Annual report on the Civil Veterinary Department, Burma (including the Insein Veterinary School) - 1923-1931
Year: 1923
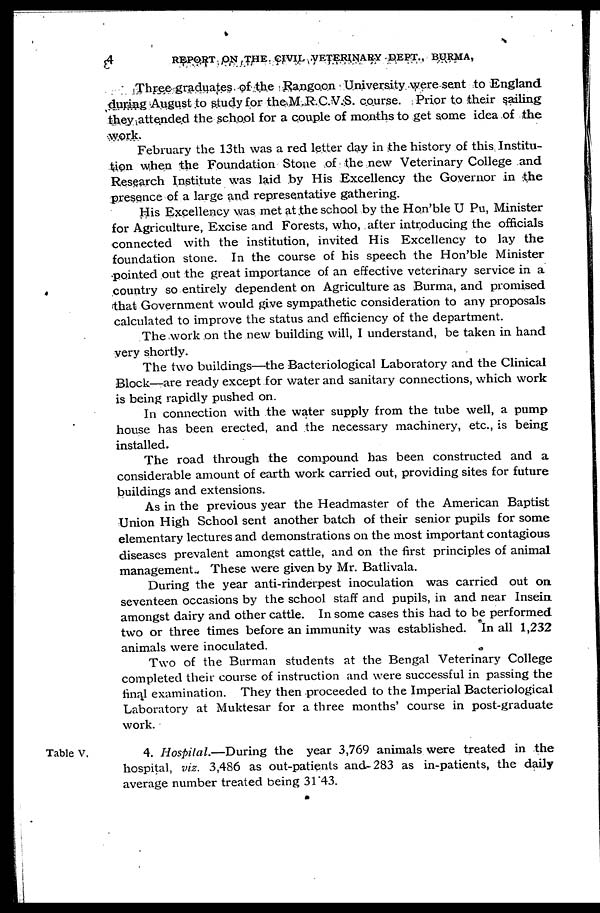
4
REPORT ON THE CIVIL VETERINARY DEPT., BURMA,
Three graduates of the Rangoon University were sent to England
during August to study for the M.R.C.V.S. course. Prior to their sailing
they attended the school for a couple of months to get some idea of the
work.
February the 13th was a red letter day in the history of this Institu-
tion when the Foundation Stone of the new Veterinary College and
Research Institute was laid by His Excellency the Governor in the
presence of a large and representative gathering.
His Excellency was met at the school by the Hon'ble U Pu, Minister
for Agriculture, Excise and Forests, who, after introducing the officials
connected with the institution, invited His Excellency to lay the
foundation stone. In the course of his speech the Hon'ble Minister
pointed out the great importance of an effective veterinary service in a
country so entirely dependent on Agriculture as Burma, and promised
that Government would give sympathetic consideration to any proposals
calculated to improve the status and efficiency of the department.
The work on the new building will, I understand, be taken in hand
very shortly.
The two buildings—the Bacteriological Laboratory and the Clinical
Block—are ready except for water and sanitary connections, which work
is being rapidly pushed on.
In connection with the water supply from the tube well, a pump
house has been erected, and the necessary machinery, etc., is being
installed.
The road through the compound has been constructed and a
considerable amount of earth work carried out, providing sites for future
buildings and extensions.
As in the previous year the Headmaster of the American Baptist
Union High School sent another batch of their senior pupils for some
elementary lectures and demonstrations on the most important contagious
diseases prevalent amongst cattle, and on the first principles of animal
management. These were given by Mr. Batlivala.
During the year anti-rinderpest inoculation was carried out on
seventeen occasions by the school staff and pupils, in and near Insein.
amongst dairy and other cattle. In some cases this had to be performed
two or three times before an immunity was established. In all 1,232
animals were inoculated.
Two of the Burman students at the Bengal Veterinary College
completed their course of instruction and were successful in passing the
final examination. They then proceeded to the Imperial Bacteriological
Laboratory at Muktesar for a three months' course in post-graduate
work.
4. Hospital.—During the year 3,769 animals were treated in the
hospital, viz. 3,486 as out-patients and-283 as in-patients, the daily
average number treated being 31 43.